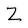
Character: Z